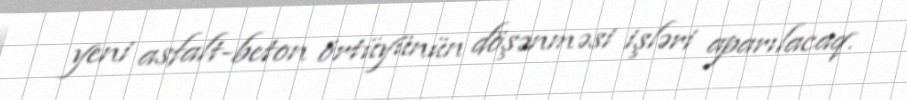
yeni asfalt-beton örtüyünün döşənməsi işləri aparılacaq.